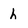
Character: h